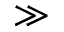
\gg